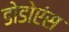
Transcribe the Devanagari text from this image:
डोडोएंस